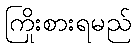
ကြိုးစားရမည်